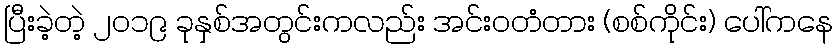
ပြီးခဲ့တဲ့ ၂၀၁၉ ခုနှစ်အတွင်းကလည်း အင်းဝတံတား (စစ်ကိုင်း) ပေါ်ကနေ